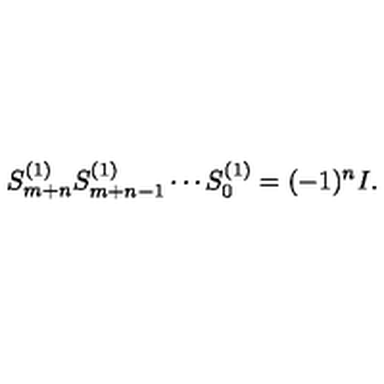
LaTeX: S _ { m + n } ^ { ( 1 ) } S _ { m + n - 1 } ^ { ( 1 ) } \cdots S _ { 0 } ^ { ( 1 ) } = ( - 1 ) ^ { n } I .